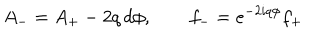
A _ { - } = A _ { + } - 2 q \, d \phi , \qquad f _ { - } = e ^ { - 2 i q \phi } f _ { + }